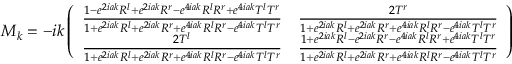
M _ { k } = - i k \left( \begin{array} { l l } { { { \frac { 1 - e ^ { 2 i a k } R ^ { l } + e ^ { 2 i a k } R ^ { r } - e ^ { 4 i a k } R ^ { l } R ^ { r } + e ^ { 4 i a k } T ^ { l } T ^ { r } } { 1 + e ^ { 2 i a k } R ^ { l } + e ^ { 2 i a k } R ^ { r } + e ^ { 4 i a k } R ^ { l } R ^ { r } - e ^ { 4 i a k } T ^ { l } T ^ { r } } } } } & { { { \frac { 2 T ^ { r } } { 1 + e ^ { 2 i a k } R ^ { l } + e ^ { 2 i a k } R ^ { r } + e ^ { 4 i a k } R ^ { l } R ^ { r } - e ^ { 4 i a k } T ^ { l } T ^ { r } } } } } \\ { { { \frac { 2 T ^ { l } } { 1 + e ^ { 2 i a k } R ^ { l } + e ^ { 2 i a k } R ^ { r } + e ^ { 4 i a k } R ^ { l } R ^ { r } - e ^ { 4 i a k } T ^ { l } T ^ { r } } } } } & { { { \frac { 1 + e ^ { 2 i a k } R ^ { l } - e ^ { 2 i a k } R ^ { r } - e ^ { 4 i a k } R ^ { l } R ^ { r } + e ^ { 4 i a k } T ^ { l } T ^ { r } } { 1 + e ^ { 2 i a k } R ^ { l } + e ^ { 2 i a k } R ^ { r } + e ^ { 4 i a k } R ^ { l } R ^ { r } - e ^ { 4 i a k } T ^ { l } T ^ { r } } } } } \end{array} \right)